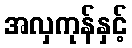
အလှကုန်နှင့်